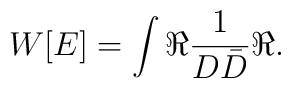
W[E]=\int \Re\frac{1}{D\bar D}\Re.